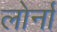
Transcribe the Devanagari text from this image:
लोर्ना